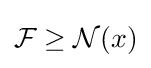
{\mathcal {F}}\geq {\mathcal {N}}(x)